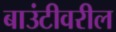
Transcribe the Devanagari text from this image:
बाउंटीवरील